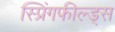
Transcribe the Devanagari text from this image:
स्प्रिंगफील्ड्स